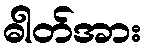
ဓါတ်အား